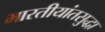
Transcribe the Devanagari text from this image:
भारतीयांतसुद्धा